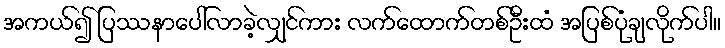
အကယ်၍ ပြဿနာပေါ်လာခဲ့လျှင်ကား လက်ထောက်တစ်ဦးထံ အပြစ်ပုံချလိုက်ပါ။